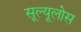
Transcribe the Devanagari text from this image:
सूल्यूलोस